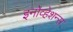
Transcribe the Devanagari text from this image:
इनोव्हेशन्स